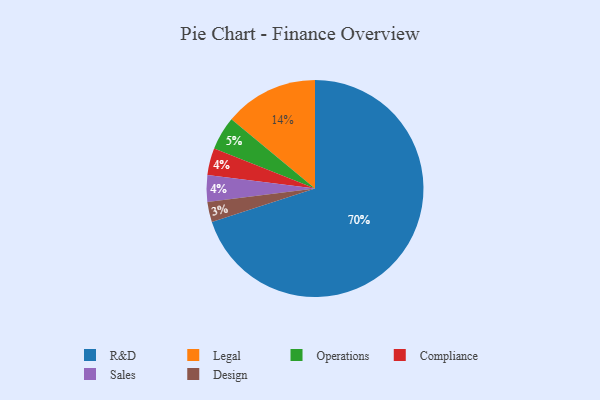
{"axis": {"x": "Category", "y": "Percentage"}, "legend": ["Compliance", "Design", "Legal", "Operations", "R&D", "Sales"], "data": [{"x": "Compliance", "y": 4, "type": "Compliance"}, {"x": "Sales", "y": 4, "type": "Sales"}, {"x": "Legal", "y": 14, "type": "Legal"}, {"x": "R&D", "y": 70, "type": "R&D"}, {"x": "Operations", "y": 5, "type": "Operations"}, {"x": "Design", "y": 3, "type": "Design"}]}